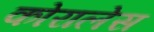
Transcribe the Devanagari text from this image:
कोरालेस